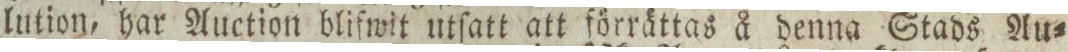
lution, har Auction blifwit utſatt att förrättas å denna Stads Au=